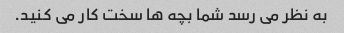
به نظر می رسد شما بچه ها سخت کار می کنید.